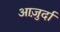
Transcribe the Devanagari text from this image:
आजु़र्दा